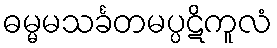
ဓမ္မမသင်္ခတမပ္ပဋိကူလံ